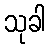
သုခါ